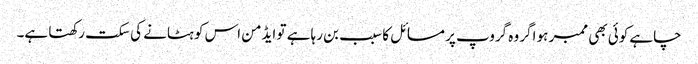
چاہے کوئی بھی ممبر ہو اگر وہ گروپ پر مسائل کا سبب بن رہا ہے تو ایڈمن اس کو ہٹانے کی سکت رکھتا ہے۔